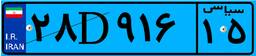
۲۸D۹۱۶۱۵